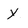
Character: Y